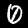
Digit: 0